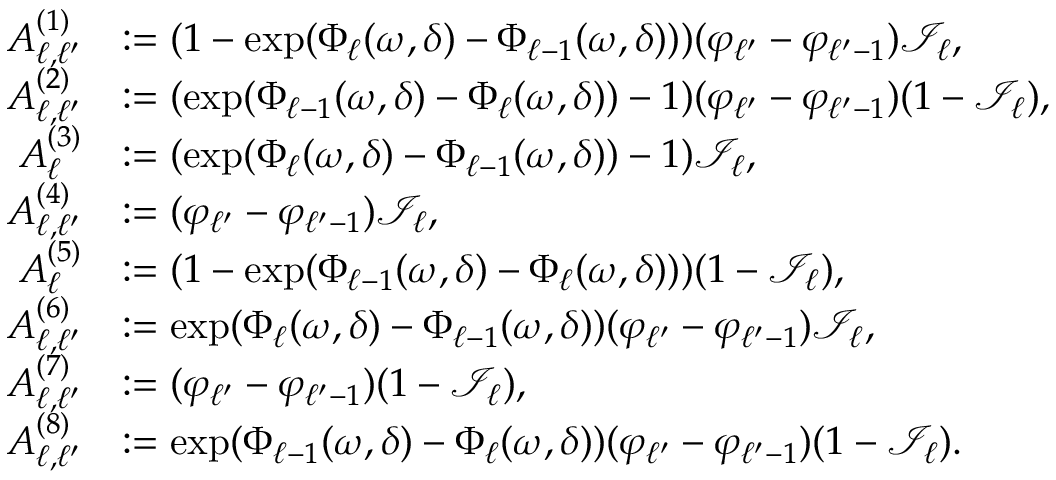
\begin{array} { r l } { A _ { \ell , \ell ^ { \prime } } ^ { ( 1 ) } } & { : = ( 1 - \exp ( \Phi _ { \ell } ( \omega , \delta ) - \Phi _ { \ell - 1 } ( \omega , \delta ) ) ) ( \varphi _ { \ell ^ { \prime } } - \varphi _ { \ell ^ { \prime } - 1 } ) \mathcal { I } _ { \ell } , } \\ { A _ { \ell , \ell ^ { \prime } } ^ { ( 2 ) } } & { : = ( \exp ( \Phi _ { \ell - 1 } ( \omega , \delta ) - \Phi _ { \ell } ( \omega , \delta ) ) - 1 ) ( \varphi _ { \ell ^ { \prime } } - \varphi _ { \ell ^ { \prime } - 1 } ) ( 1 - \mathcal { I } _ { \ell } ) , } \\ { A _ { \ell } ^ { ( 3 ) } } & { : = ( \exp ( \Phi _ { \ell } ( \omega , \delta ) - \Phi _ { \ell - 1 } ( \omega , \delta ) ) - 1 ) \mathcal { I } _ { \ell } , } \\ { A _ { \ell , \ell ^ { \prime } } ^ { ( 4 ) } } & { : = ( \varphi _ { \ell ^ { \prime } } - \varphi _ { \ell ^ { \prime } - 1 } ) \mathcal { I } _ { \ell } , } \\ { A _ { \ell } ^ { ( 5 ) } } & { : = ( 1 - \exp ( \Phi _ { \ell - 1 } ( \omega , \delta ) - \Phi _ { \ell } ( \omega , \delta ) ) ) ( 1 - \mathcal { I } _ { \ell } ) , } \\ { A _ { \ell , \ell ^ { \prime } } ^ { ( 6 ) } } & { : = \exp ( \Phi _ { \ell } ( \omega , \delta ) - \Phi _ { \ell - 1 } ( \omega , \delta ) ) ( \varphi _ { \ell ^ { \prime } } - \varphi _ { \ell ^ { \prime } - 1 } ) \mathcal { I } _ { \ell } , } \\ { A _ { \ell , \ell ^ { \prime } } ^ { ( 7 ) } } & { : = ( \varphi _ { \ell ^ { \prime } } - \varphi _ { \ell ^ { \prime } - 1 } ) ( 1 - \mathcal { I } _ { \ell } ) , } \\ { A _ { \ell , \ell ^ { \prime } } ^ { ( 8 ) } } & { : = \exp ( \Phi _ { \ell - 1 } ( \omega , \delta ) - \Phi _ { \ell } ( \omega , \delta ) ) ( \varphi _ { \ell ^ { \prime } } - \varphi _ { \ell ^ { \prime } - 1 } ) ( 1 - \mathcal { I } _ { \ell } ) . } \end{array}